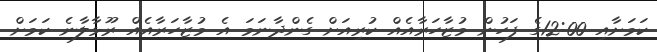
ކަމަށާއި 12:00ގެ ފަހުން މުޒާހަރާއެއް ކުރިއަށް ގެންދާނަމަ އެ މުޒާހަރާއެއް ރޫޅާލާނެ ކަމަށް